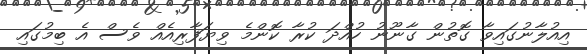
އިއުލާނުގައިވާ ގޮތުން ގާނޫނު ހުއްދަ ކުރާ ކޮންމެ ވިޔަފާރިއެއް ވެސް އެ ބިމުގައި